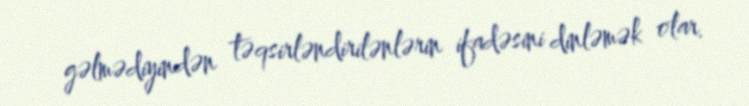
gəlmədiyindən təqsirləndirilənlərin ifadəsini dinləmək olar.